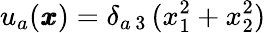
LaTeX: u_{a}({\pmb x})=\delta_{a\, 3}\, (x_{1}^{2}+x_{2}^{2})